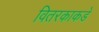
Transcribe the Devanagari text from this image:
वितरकाकडे